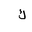
Letter: _kaf